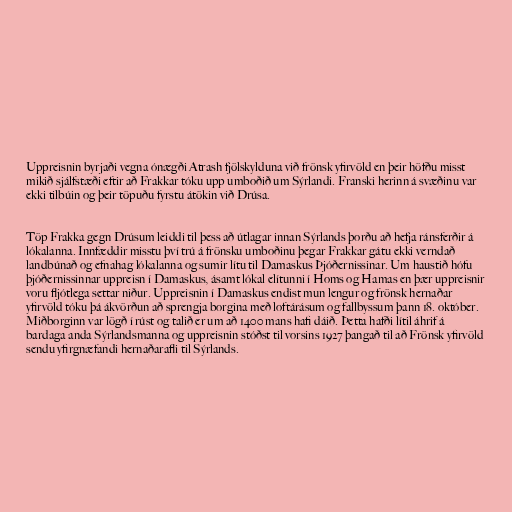
Uppreisnin byrjaði vegna ónægði Atrash fjölskylduna við frönsk yfirvöld en þeir höfðu misst
mikið sjálfstæði eftir að Frakkar tóku upp umboðið um Sýrlandi. Franski herinn á svæðinu var
ekki tilbúin og þeir töpuðu fyrstu átökin við Drúsa.

Töp Frakka gegn Drúsum leiddi til þess að útlagar innan Sýrlands þorðu að hefja ránsferðir á
lókalanna. Innfæddir misstu því trú á frönsku umboðinu þegar Frakkar gátu ekki verndað
landbúnað og efnahag lókalanna og sumir lítu til Damaskus Þjóðernissinar. Um haustið hófu
þjóðernissinnar uppreisn í Damaskus, ásamt lókal elítunni í Homs og Hamas en þær uppreisnir
voru fljótlega settar niður. Uppreisnin í Damaskus endist mun lengur og frönsk hernaðar
yfirvöld tóku þá ákvörðun að sprengja borgina með loftárásum og fallbyssum þann 18. október.
Miðborginn var lögð í rúst og talið er um að 1400 mans hafi dáið. Þetta hafði lítil áhrif á
bardaga anda Sýrlandsmanna og uppreisnin stóðst til vorsins 1927 þangað til að Frönsk yfirvöld
sendu yfirgnæfandi hernaðarafli til Sýrlands.